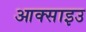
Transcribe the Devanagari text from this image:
आक्साइउ